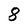
Character: 8